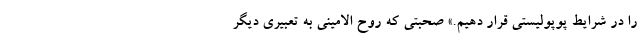
را در شرایط پوپولیستی قرار دهیم.» صحبتی که روح الامینی به تعبیری دیگر